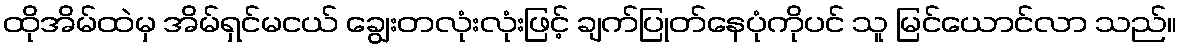
ထိုအိမ်ထဲမှ အိမ်ရှင်မငယ် ချွေးတလုံးလုံးဖြင့် ချက်ပြုတ်နေပုံကိုပင် သူ မြင်ယောင်လာ သည်။